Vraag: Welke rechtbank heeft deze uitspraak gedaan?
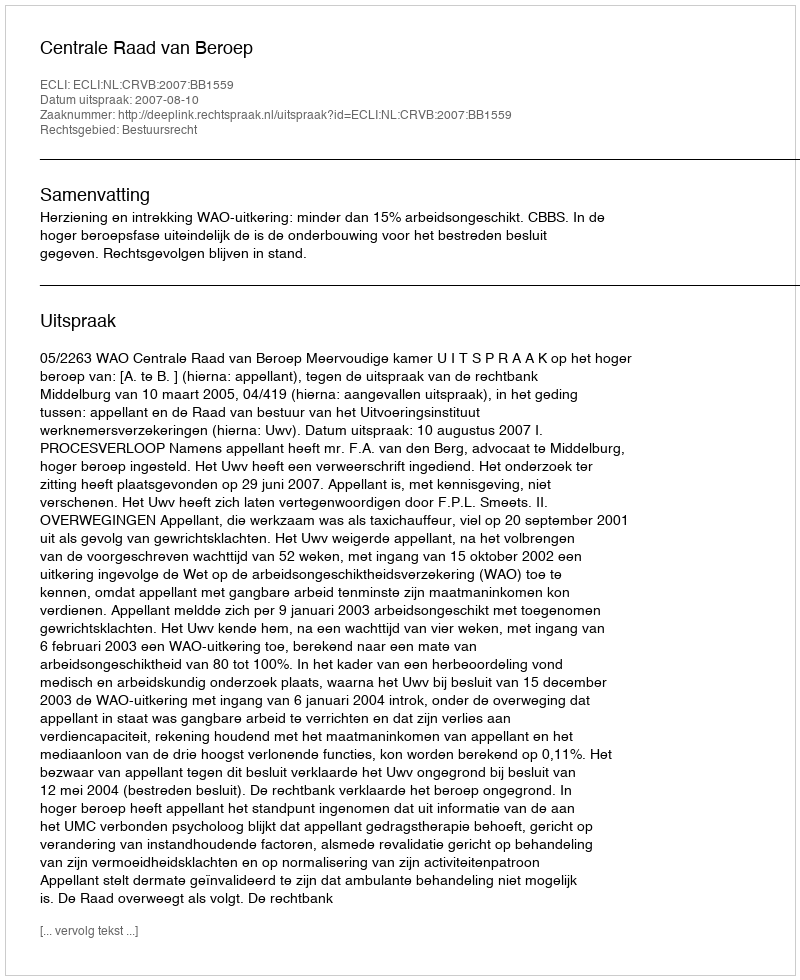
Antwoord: Centrale Raad van Beroep